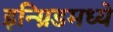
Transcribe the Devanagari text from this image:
इन्ग्रिडमध्ये